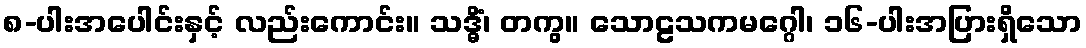
၈-ပါးအပေါင်းနှင့် လည်းကောင်း။ သဒ္ဓိံ၊ တကွ။ သောဠသကမဂ္ဂေါ၊ ၁၆-ပါးအပြားရှိသော